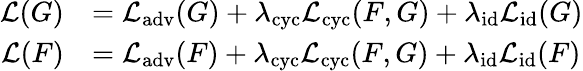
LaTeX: \begin{array}{rl}{\mathcal{L}(G)}&{=\mathcal{L}_{\mathrm{adv}}(G)+\lambda_{\mathrm{cyc}}\mathcal{L}_{\mathrm{cyc}}(F,G)+\lambda_{\mathrm{id}}\mathcal{L}_{\mathrm{id}}(G)}\\ {\mathcal{L}(F)}&{=\mathcal{L}_{\mathrm{adv}}(F)+\lambda_{\mathrm{cyc}}\mathcal{L}_{\mathrm{cyc}}(F,G)+\lambda_{\mathrm{id}}\mathcal{L}_{\mathrm{id}}(F)}\end{array}